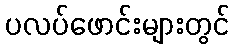
ပလပ်ဖောင်းများတွင်